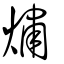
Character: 熽